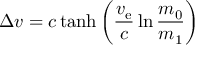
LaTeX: \Delta v = c \operatorname { t a n h } \left( { \frac { v _ { \mathrm { e } } } { c } } \ln { \frac { m _ { 0 } } { m _ { 1 } } } \right)